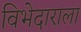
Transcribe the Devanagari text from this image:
विभेदाराला